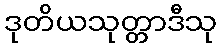
ဒုတိယသုတ္တာဒီသု